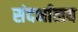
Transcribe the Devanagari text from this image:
संदर्भालय